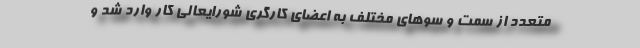
متعدد از سمت و سوهای مختلف به اعضای کارگری شورایعالی کار وارد شد و